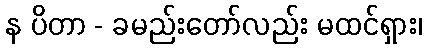
န ပိတာ - ခမည်းတော်လည်း မထင်ရှား၊